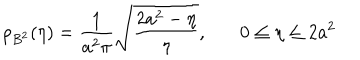
\rho _ { B ^ { 2 } } ( \eta ) = \frac { 1 } { a ^ { 2 } \pi } \sqrt { \frac { 2 a ^ { 2 } - \eta } { \eta } } , \ \ \ 0 \le \eta \le 2 a ^ { 2 }